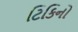
ટિકિનો